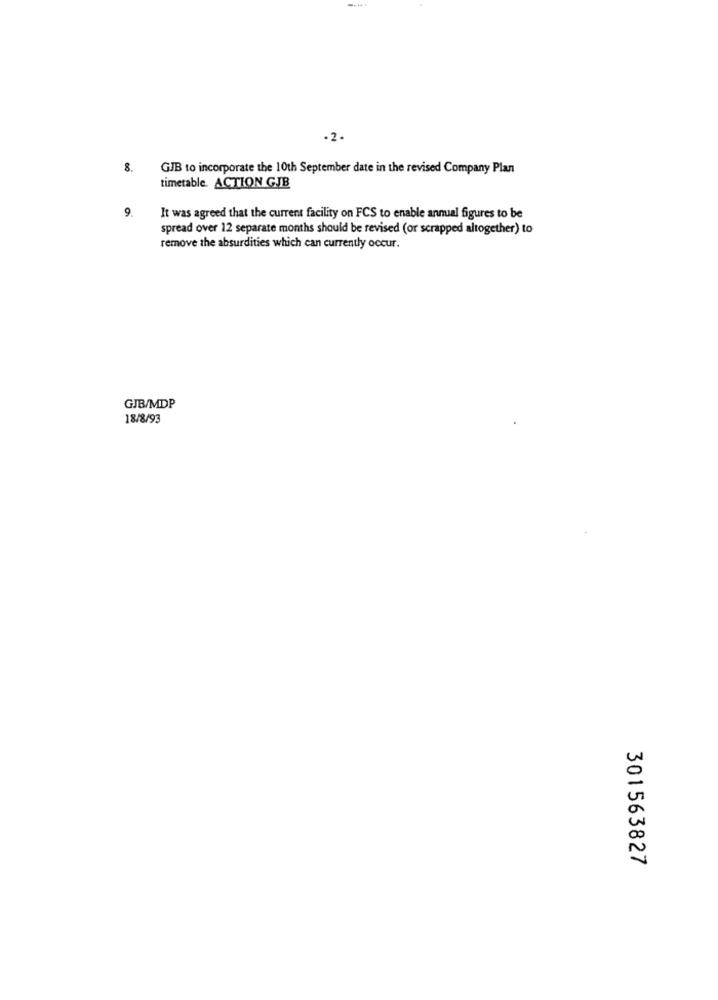
-2 -
8.
GJB to incorporate the 10th September date in the revised Company Plan
timetable. ACTION GJB
9.
It was agreed that the current facility on FCS to enable annual figures to be
spread over 12 separate months should be revised (or scrapped altogether) to
remove the absurdities which can currently occur.
GJB/MDP
18/8/93
301563827